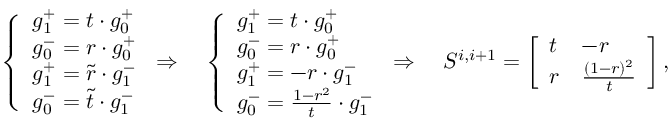
\left\{ \begin{array} { l l } { g _ { 1 } ^ { + } = t \cdot g _ { 0 } ^ { + } } \\ { g _ { 0 } ^ { - } = r \cdot g _ { 0 } ^ { + } } \\ { g _ { 1 } ^ { + } = \tilde { r } \cdot g _ { 1 } ^ { - } } \\ { g _ { 0 } ^ { - } = \tilde { t } \cdot g _ { 1 } ^ { - } } \end{array} \right. \Rightarrow \quad \left\{ \begin{array} { l l } { g _ { 1 } ^ { + } = t \cdot g _ { 0 } ^ { + } } \\ { g _ { 0 } ^ { - } = r \cdot g _ { 0 } ^ { + } } \\ { g _ { 1 } ^ { + } = - r \cdot g _ { 1 } ^ { - } } \\ { g _ { 0 } ^ { - } = \frac { 1 - r ^ { 2 } } { t } \cdot g _ { 1 } ^ { - } } \end{array} \right. \Rightarrow \quad S ^ { i , i + 1 } = \left[ \begin{array} { l l } { t } & { - r } \\ { r } & { \frac { ( 1 - r ) ^ { 2 } } { t } } \end{array} \right] ,